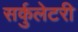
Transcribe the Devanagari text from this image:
सर्कुलेटरी